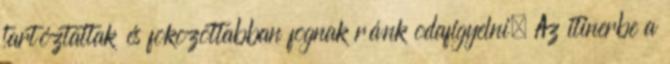
tartóztattak és fokozottabban fognak ránk odafigyelni. Az itinerbe a